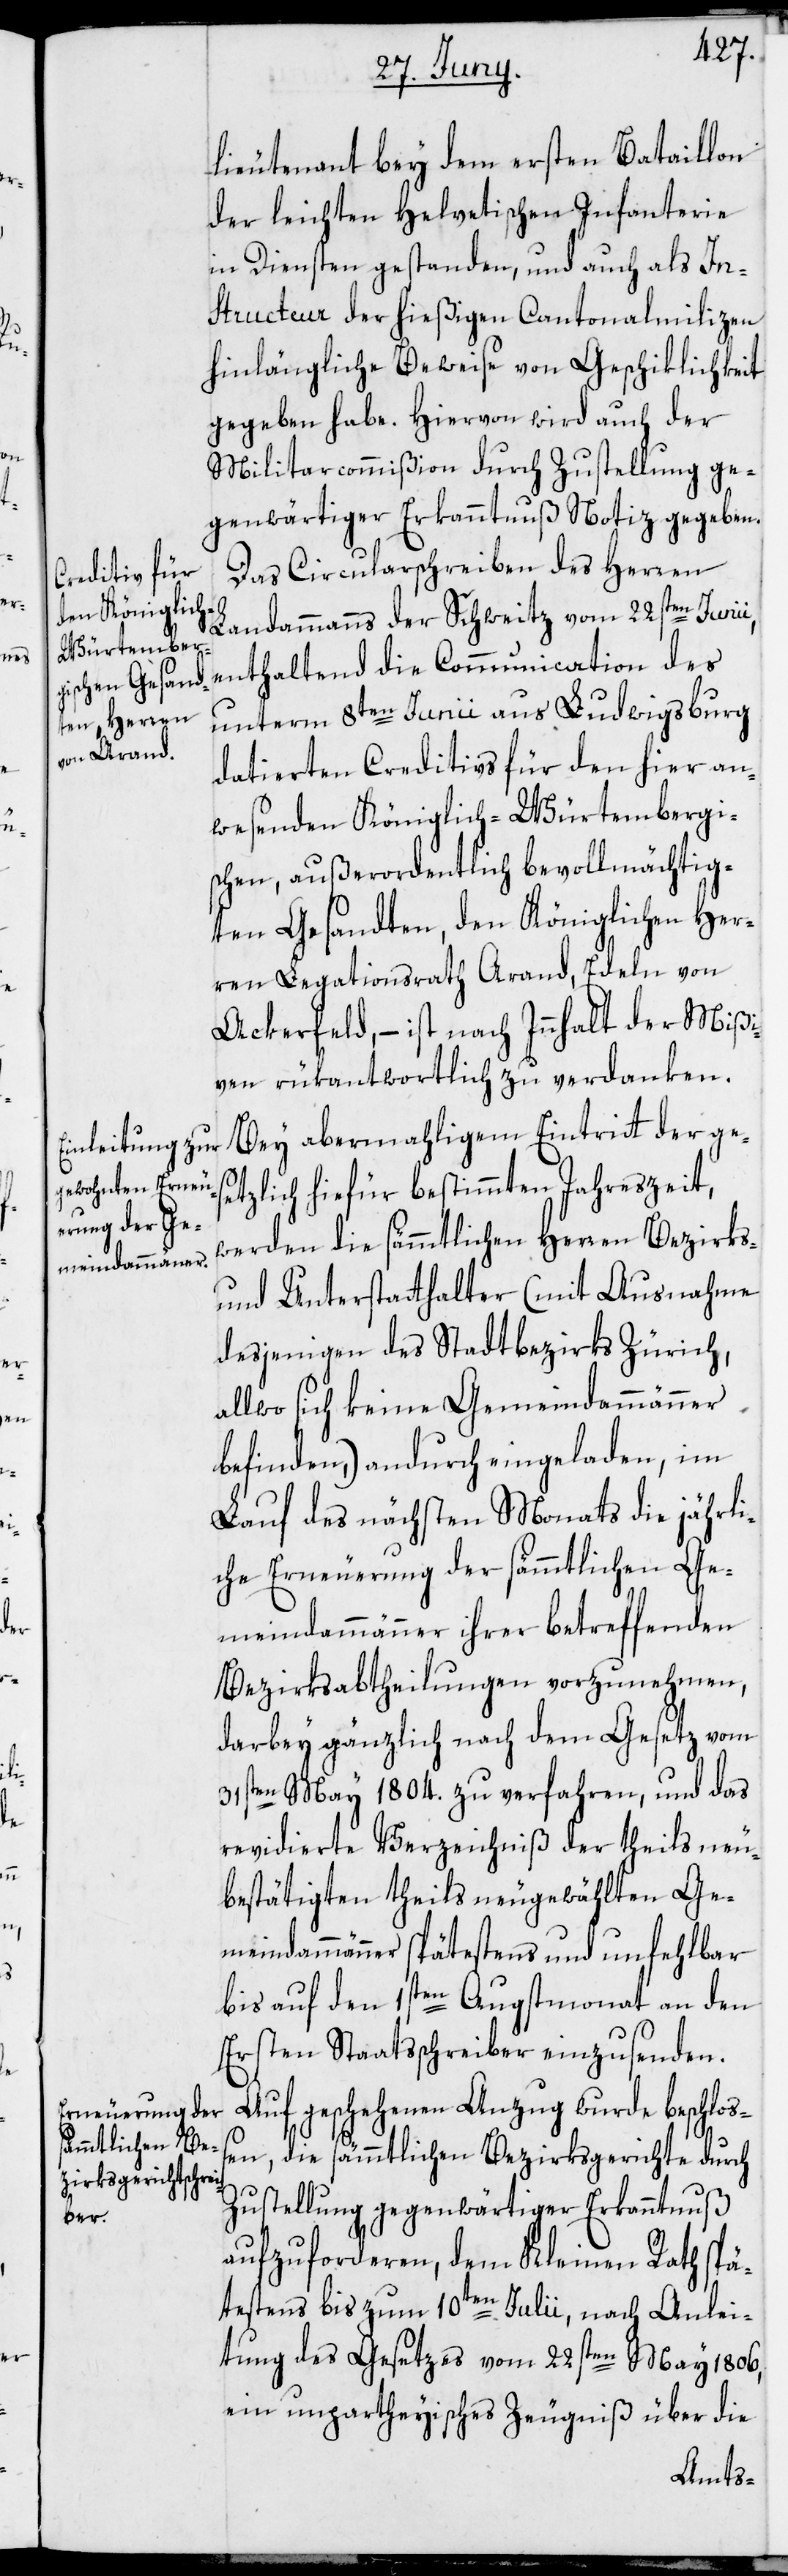
lieutenant bey dem ersten Bataillon
der leichten Helvetischen Infanterie
in Diensten gestanden, und auch als In¬
structeur der hießigen Cantonalmilizen
hinlängliche Beweise von Geschiklichkeit
gegeben habe. Hiervon wird auch der
Militarcommißion durch Zustellung ge¬
genwärtiger Erkanntnuß Notiz gegeben.
Das Circularschreiben des Herren
Landammanns der Schweitz vom 22sten Junii,
enthaltend die Communication des
unterm 8ten Junii aus Ludwigsburg
datierten Creditivs für den hier an¬
wesenden Königlich-Würtembergi¬
schen, außerordentlich bevollmächtig¬
ten Gesandten, den Königlichen Her¬
ren Legationsrath Arand, Edeln von
Ackerfeld, – ist nach Innhalt der Mißi¬
ven rükantwortlich zu verdanken.
Bey abermahligem Eintritt der ges¬
etzlich hiefür bestimmten Jahreszeit,
werden die sämmtlichen Herren Bezirks-
und Unterstatthalter (mit Ausnahme
desjenigen des Stadtbezirks Zürich,
allwo sich keine Gemeindammänner
befinden,) andurch eingeladen, im
Lauf des nächsten Monats die jährli¬
che Erneuerung der sämmtlichen Ge¬
meindammänner ihrer betreffenden
Bezirksabtheilungen vorzunehmen,
darbey gänzlich nach dem Gesetz vom
31sten May 1804. zu verfahren, und das
revidierte Verzeichniß der theils neu¬
bestätigten theils neugewählten Ge¬
meindammänner spätestens und unfehlbar
bis auf den 1sten Augstmonat an den
Ersten Staatsschreiber einzusenden.
Auf geschehenen Anzug wurde beschlos¬
sen, die sämmtlichen Bezirksgerichte durch
Zustellung gegenwärtiger Erkanntnuß
aufzuforderen, dem Kleinen Rath spä¬
testens bis zum 10ten Julii, nach Anlei¬
tung des Gesetzes vom 22sten May 1806,
ein unpartheyisches Zeugniß über die